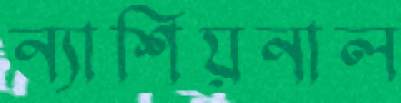
ন্যাশিয়নাল